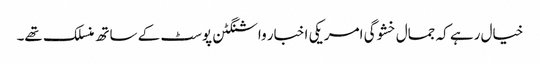
خیال رہے کہ جمال خشوگی امریکی اخبار واشنگٹن پوسٹ کے ساتھ منسلک تھے۔